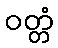
ဝတ္တံ